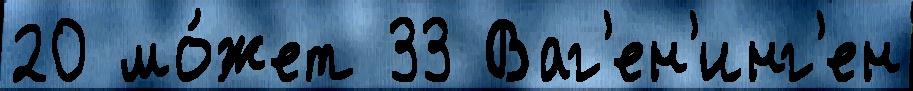
20 мо́жет 33 Ваг'ен'инг'ен